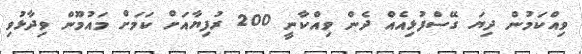
ވިއްކަމުން ދިޔަ ގޭސްފުޅިއެއް ދެން ވިއްކާނީ 200 ރުފިޔާއަށް ކަމަށް މައުމޫން ވިދާޅުވި